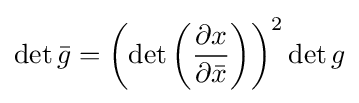
\det {\bar {g}}=\left(\det \left({\frac {\partial x}{\partial {\bar {x}}}}\right)\right)^{2}\det g